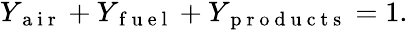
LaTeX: \begin{array}{r}{Y_{\mathrm{~a~i~r~}}+Y_{\mathrm{~f~u~e~l~}}+Y_{\mathrm{~p~r~o~d~u~c~t~s~}}=1.}\end{array}